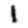
Digit: 1